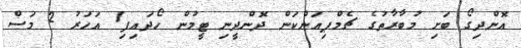
އޮންދިގޯ ބަށި މުބާރާތުގެ ޗެމްޕިއަންކަން ދޮންދީނި ޓީމުން ހޯދައިފި1 އަހަރު 2 މަސް